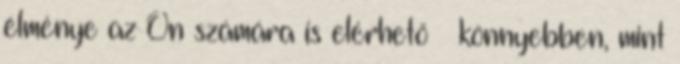
élménye az Ön számára is elérhető – könnyebben, mint